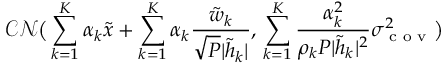
\mathcal { C N } \big ( \sum _ { k = 1 } ^ { K } \alpha _ { k } { { \tilde { x } } } + \sum _ { k = 1 } ^ { K } \alpha _ { k } \frac { { { \tilde { w } _ { k } } } } { \sqrt { P } | \tilde { h } _ { k } | } , \, \sum _ { k = 1 } ^ { K } \frac { \alpha _ { k } ^ { 2 } } { \rho _ { k } P | \tilde { h } _ { k } | ^ { 2 } } \sigma _ { \textrm { c o v } } ^ { 2 } \big )